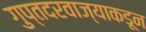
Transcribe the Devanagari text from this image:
गुप्तदरवाज्याकडून